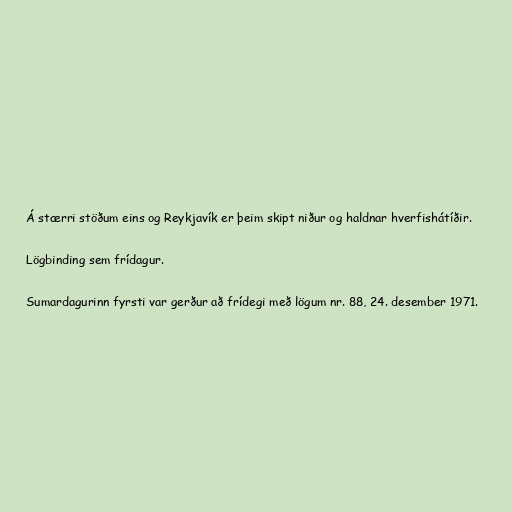
Á stærri stöðum eins og Reykjavík er þeim skipt niður og haldnar hverfishátíðir.

Lögbinding sem frídagur.

Sumardagurinn fyrsti var gerður að frídegi með lögum nr. 88, 24. desember 1971.